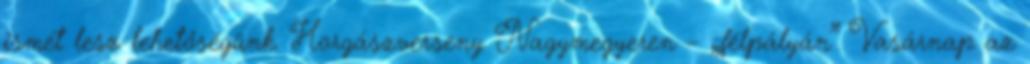
ismét lesz lehetőségünk. Horgászverseny Nagymegyeren – „félpályán” Vasárnap az